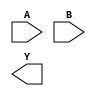
module sky130_fd_sc_hvl__xnor2 (
    //# {{data|Data Signals}}
    input  A,
    input  B,
    output Y
);

    // Voltage supply signals
    supply1 VPWR;
    supply0 VGND;
    supply1 VPB ;
    supply0 VNB ;

endmodule